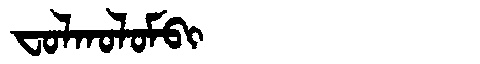
Manchu: ᠸᠣᠯᡴᠣᠯᠣᠮᠪᡳ
Romanization: FOLKOLOMBI